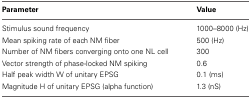
| Parameter | Value |
 | --- | --- |
 | Stimulus sound frequency | 1000–8000 (Hz) |
 | Mean spiking rate of each NM fiber | 500 (Hz) |
 | Number of NM fibers converging onto one NL cell | 300 |
 | Vector strength of phase-locked NM spiking | 0.6 |
 | Half peak width W of unitary EPSG | 0.1 (ms) |
 | Magnitude H of unitary EPSG (alpha function) | 1.3 (nS) |